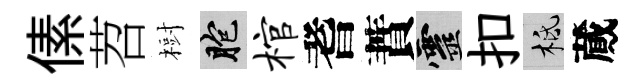
傃苕𣗳胞棺耆蕡靈扣柢蕆